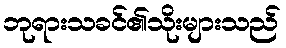
ဘုရားသခင်၏သိုးများသည်